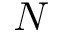
N